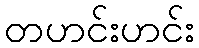
တဟင်းဟင်း